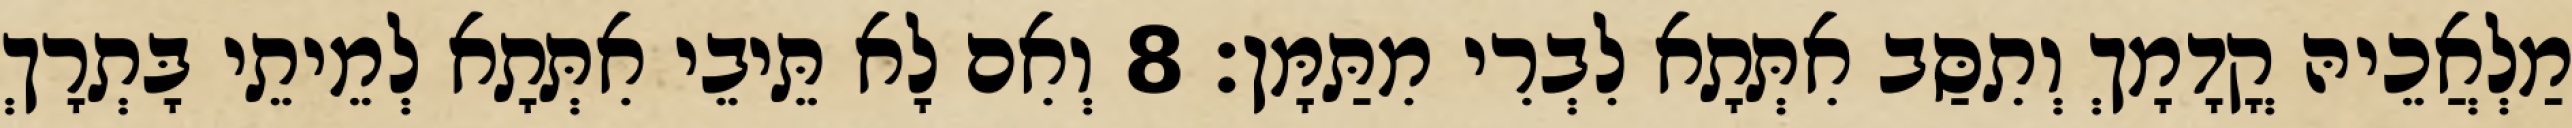
מַלְאֲכֵיהּ קֳדָמָךְ וְתִסַּב אִתְּתָא לִבְרִי מִתַּמָּן׃ 8 וְאִם לָא תֵּיבֵי אִתְּתָא לְמֵיתֵי בָּתְרָךְ